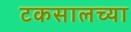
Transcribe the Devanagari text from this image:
टकसालच्या